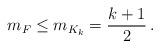
LaTeX: \begin{align*} m_F\leq m_{K_k}=\frac{k+1}{2}\,.\end{align*}